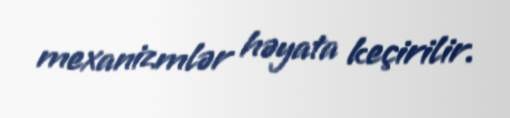
mexanizmlər həyata keçirilir.